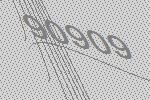
90909